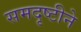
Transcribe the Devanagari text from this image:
समदृष्टीने